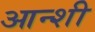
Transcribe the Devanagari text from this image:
आन्शी